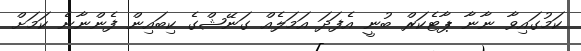
ކަމުގައިވާ ނާނާ ޕާޓެކަރް ބުނީ އެފަދަ އަމަލެއް ގަނޭޝްގެ ކިބައިން ފެންނާނެ ކަމަށް